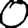
Digit: 0